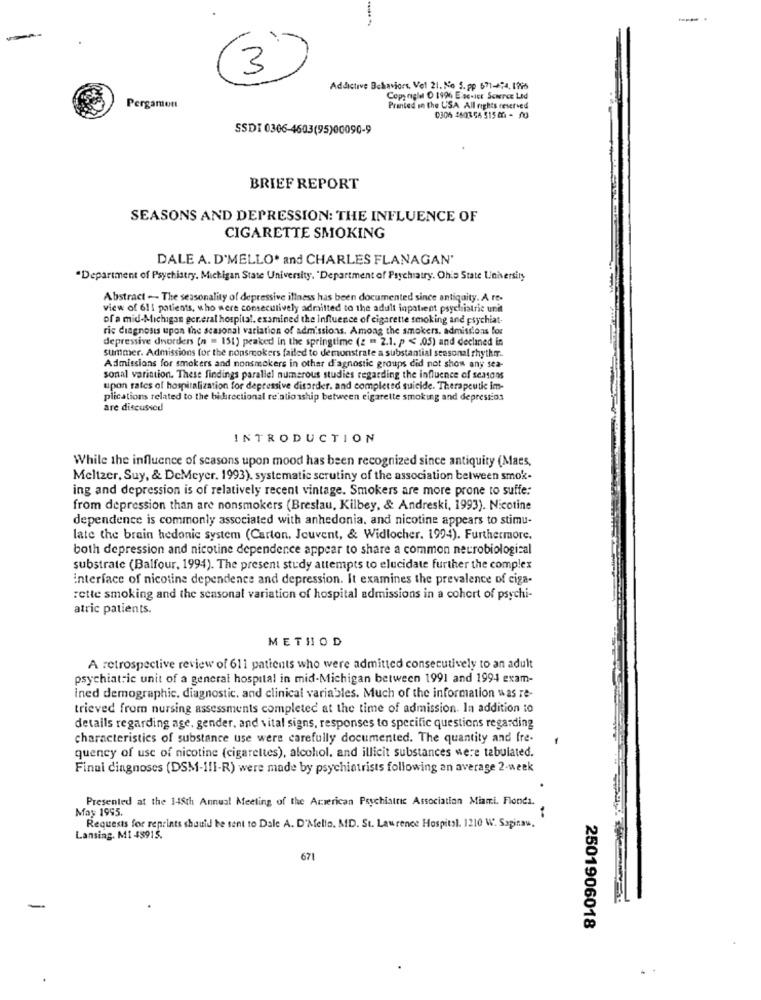
(3)
Addictive Behaviors, Vel 21. No 5.pp 671-874. 1796
Copy riglel D 1996 E se-1Er Science Led
Pergamon
Printed in the USA All rights reserved
0306 280356 5158-10
SSDI 0306-4603(95)00090-9
BRIEF REPORT
SEASONS AND DEPRESSION: THE INFLUENCE OF
CIGARETTE SMOKING
DALE A. D'MELLO. and CHARLES FLANAGAN'
"Department of Psychiatry, Michigan State University, "Department of Psychiatry. Ohio State University
Abstract -- The seasonality of depressive illness has been documented since antiquity. A re-
view of 611 patients, who were consecutively admitted to the adult inpatient psychiatric unit
of a mid-Michigan ger.eral hospital. examined the influence of cigarette smoking and psychiat-
ric diagnosis upon the seasonal variation of admissions. Among the smokers. admissions for
depressive disorders (n = 151) peaked in the springtime (z = 2.1. p < 05) and declined in
summer. Admissions for the nonsmokers failed to demonstrate a substantial seasonal rhythmr.
Admissions for smokers and nonsmokers in other d'agnostic groups did not show any sea-
sonal variation. These findings parallel numerous studies regarding the influence of seasons
upon rates of hospitalization for depressive disorder. and completed suicide. Therapeutic im-
plications related to the bidirectional relationship between cigarette smoking and depression
are discussed
INTRODUCTION
While the influence of seasons upon mood has been recognized since antiquity (Maes,
Meltzer, Suy, & DeMeyer. 1993). systematic scrutiny of the association between smok-
ing and depression is of relatively recent vintage. Smokers are more prone to suffe:
from depression than are nonsmokers (Breslau, Kilbey, & Andreski, 1993). Nicotine
dependence is commonly associated with anhedonia. and nicotine appears to stimu-
late the brain hedonic system (Carton. Jouvent, & Widlocher. 1994). Furthermore.
both depression and nicotine dependence appear to share a common neurobiological
substrate (Balfour, 1994). The present study attempts to elucidate further the complex
interface of nicotine dependence and depression. It examines the prevalence of ciga-
rette smoking and the seasonal variation of hospital admissions in a cohort of psychi-
atric patients.
METHOD
A retrospective review of 611 patients who were admitted consecutively to an adult
psychiatric unit of a general hospital in mid-Michigan between 1991 and 1994 exam-
ined demographic. diagnostic, and clinical variables. Much of the information was re-
trieved from nursing assessments completed at the time of admission. In addition to
details regarding age, gender, and vital signs, responses to specific questions regarding
characteristics of substance use were carefully documented. The quantity and fre-
quency of use of nicotine (cigarettes), alcohol, and illicit substances were tabulated.
Finui diagnoses (DSM-III-R) were made by psychiatrists following an average 2-week
Presented at the 148th Annual Meeting of the Acierican Psychiatric Association Miami, Flonda.
May 1995.
Requests for reprints should be sent to Dale A. D'Mello. AD. St. Lawrence Hospital. 1210 W. Sapinau.
Lansing. MI 48915.
671
2501906018
. .